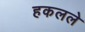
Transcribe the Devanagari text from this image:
हकलले